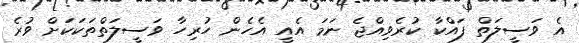
އެ ވަސީލަތް ފައްކާ ކުރެވިއްޖެ ނަމަ އެއީ އެހެން ހުރިހާ ވަސީލަތްތަކަކަށް ވުރެ